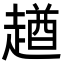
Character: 趥